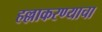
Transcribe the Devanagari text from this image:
हल्लाकरण्याचा